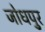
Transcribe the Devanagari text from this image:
जोधपु्र